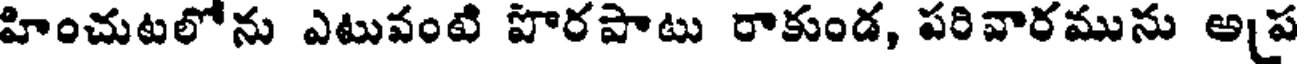
హించుటలోను ఎటువంటి పొరపాటు రాకుండ, పరివారమును అప